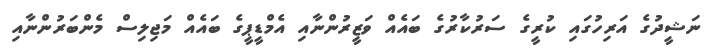
ނަޝީދުގެ އަރިހުގައި ކުރީގެ ސަރުކާރުގެ ބައެއް ވަޒީރުންނާއި އެމްޑީޕީގެ ބައެއް މަޖިލިސް މެންބަރުންނާއި